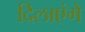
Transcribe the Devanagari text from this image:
दिलाएंगे